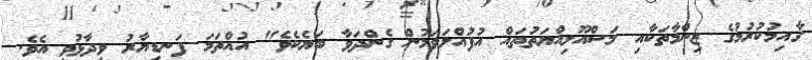
ގާއިމުކުރުމުގެ ޒިންމާތަކާއި މަސްއޫލިއްޔަތުތައް އުފުއްލަވަމުން ގެންދަވާ ބަޔެކެވެ" އުއްތަމަ ފަނޑިޔާރު ވިދާޅުވި އެވެ.